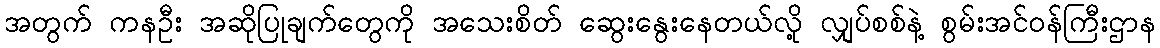
အတွက် ကနဦး အဆိုပြုချက်တွေကို အသေးစိတ် ဆွေးနွေးနေတယ်လို့ လျှပ်စစ်နဲ့ စွမ်းအင်ဝန်ကြီးဌာန